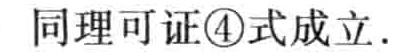
同理可证\textcircled{4}式成立.